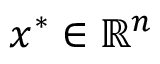
x ^ { * } \in \mathbb { R } ^ { n }